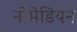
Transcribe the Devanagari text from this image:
नोमेडियन